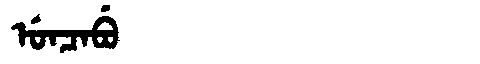
Manchu: ᡠᠨᠴᠠᠪᡠ
Romanization: UNCABU